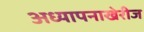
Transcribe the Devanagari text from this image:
अध्यापनाखेरीज